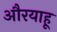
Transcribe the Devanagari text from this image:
औरयाहू